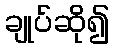
ချုပ်ဆို၍